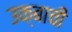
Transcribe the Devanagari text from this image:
उक्बाची